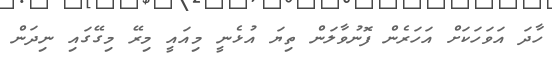
ހާދަ އަވަހަކަށް އަހަރެން ފޮނުވާލަން ތިޔަ އުޅެނީ މިއައީ މިރޭ މިގޭގައި ނިދަން